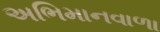
અભિમાનવાળા